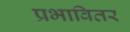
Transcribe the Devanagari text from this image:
प्रभावितर